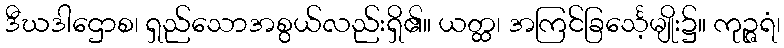
ဒီဃဒါဌောစ၊ ရှည်သောအစွယ်လည်းရှိ၏။ ယတ္ထ၊ အကြင်ခြင်္သေ့မျိုး၌။ ကုဉ္ဇရံ၊